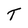
Character: T